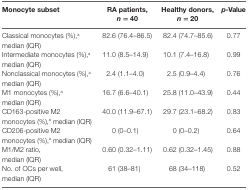
<table><thead><tr><td><b>Monocyte subset</b></td><td><b>RA patients, <i>n</i> = 40</b></td><td><b>Healthy donors, <i>n</i> = 20</b></td><td><b><i>p</i>-Value</b></td></tr></thead><tbody><tr><td>Classical monocytes (%),<sup>a</sup> median (IQR)</td><td>82.6 (76.4–86.5)</td><td>82.4 (74.7–85.6)</td><td>0.77</td></tr><tr><td>Intermediate monocytes (%),<sup>a</sup> median (IQR)</td><td>11.0 (8.5–14.9)</td><td>10.1 (7.4–16.8)</td><td>0.99</td></tr><tr><td>Nonclassical monocytes (%),<sup>a</sup> median (IQR)</td><td>2.4 (1.1–4.0)</td><td>2.5 (0.9–4.4)</td><td>0.76</td></tr><tr><td>M1 monocytes (%),<sup>a</sup> median (IQR)</td><td>16.7 (6.6–40.1)</td><td>25.8 (11.0–43.9)</td><td>0.44</td></tr><tr><td>CD163-positive M2 monocytes (%),<sup>a</sup> median (IQR)</td><td>40.0 (11.9–67.1)</td><td>29.7 (23.1–68.2)</td><td>0.83</td></tr><tr><td>CD206-positive M2 monocytes (%),<sup>a</sup> median (IQR)</td><td>0 (0–0.1)</td><td>0 (0–0.2)</td><td>0.64</td></tr><tr><td>M1/M2 ratio, median (IQR)</td><td>0.60 (0.32–1.11)</td><td>0.62 (0.32–1.45)</td><td>0.88</td></tr><tr><td>No. of OCs per well, median (IQR)</td><td>61 (38–81)</td><td>68 (34–118)</td><td>0.52</td></tr></tbody></table>